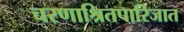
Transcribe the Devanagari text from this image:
चरणाश्रितपारिजात